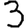
Digit: 3